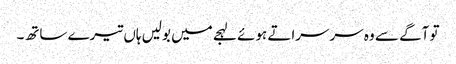
تو آگے سے وہ سرسراتے ہوئے لہجے میں بولیں ہاں تیرے ساتھ۔